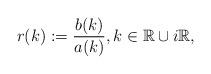
LaTeX: \begin{align*}r(k):=\frac{b(k)}{a(k)}, k \in \mathbb{R} \cup i\mathbb{R},\end{align*}